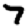
Digit: 7